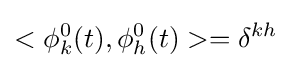
<\phi _{k}^{0}(t),\phi _{h}^{0}(t)>=\delta ^{kh}